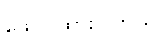
ဖော်ပြထားပါတယ်။